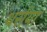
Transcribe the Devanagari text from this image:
थर्राया